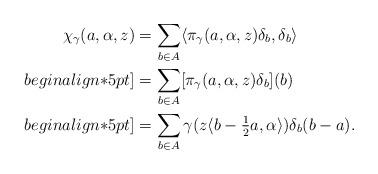
LaTeX: \begin{align*}\chi_\gamma(a,\alpha,z) &= \sum_{b\in A} \langle \pi_\gamma(a,\alpha,z) \delta_b, \delta_b \rangle \\begin{align*}5 pt]&= \sum_{b\in A} [ \pi_\gamma(a,\alpha,z) \delta_b ](b) \\begin{align*}5 pt]&= \sum_{b\in A} \gamma(z \langle b-\tfrac{1}{2} a, \alpha \rangle ) \delta_b(b-a).\end{align*}